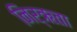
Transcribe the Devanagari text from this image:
निर्ऋता